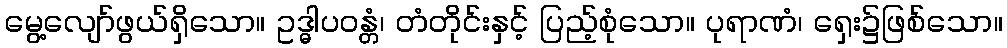
မွေ့လျော်ဖွယ်ရှိသော။ ဥဒ္ဓါပဝန္တံ၊ တံတိုင်းနှင့် ပြည့်စုံသော။ ပုရာဏံ၊ ရှေး၌ဖြစ်သော။